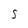
Character: S